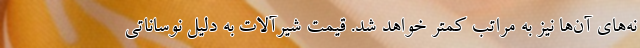
نه‌های آن‌ها نیز به مراتب کمتر خواهد شد. قیمت شیرآلات به دلیل نوساناتی